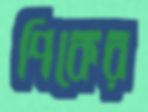
পিকের